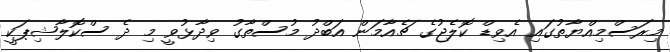
މިރަސްމިއްޔާތުގައި އެވިޑް ކޮލެޖުގެ ޗެއާމަން އަބްދު މުސްތާގު ވިދާޅުވީ މި ދެ ސްކޮލާޝިޕަކީ